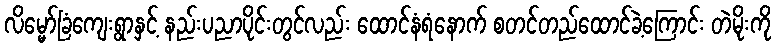
လိမ္မော်ခြံကျေးရွာနှင့် နည်းပညာပိုင်းတွင်လည်း ထောင်နံရံနောက် စတင်တည်ထောင်ခဲ့ကြောင်း တဲမိုးကို